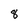
Character: 8